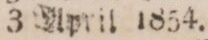
3 April 1854.